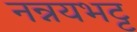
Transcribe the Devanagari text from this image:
नन्नयभट्ट